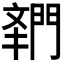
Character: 𬮌